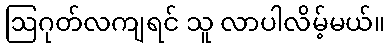
ဩဂုတ်လကျရင် သူ လာပါလိမ့်မယ်။